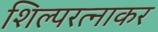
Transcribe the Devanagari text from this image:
शिल्परत्नाकर